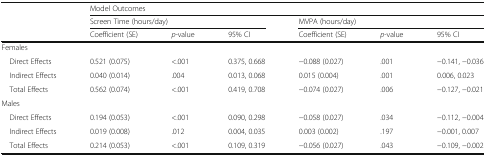
<table><thead><tr><td rowspan="3"></td><td colspan="6"><b>Model Outcomes</b></td></tr><tr><td colspan="3"><b>Screen Time (hours/day)</b></td><td colspan="3"><b>MVPA (hours/day)</b></td></tr><tr><td><b>Coefficient (SE)</b></td><td><b><i>p</i>-value</b></td><td><b>95% CI</b></td><td><b>Coefficient (SE)</b></td><td><b><i>p</i>-value</b></td><td><b>95% CI</b></td></tr></thead><tbody><tr><td colspan="7">Females</td></tr><tr><td> Direct Effects</td><td>0.521 (0.075)</td><td>&lt;.001</td><td>0.375, 0.668</td><td>−0.088 (0.027)</td><td>.001</td><td>−0.141, −0.036</td></tr><tr><td> Indirect Effects</td><td>0.040 (0.014)</td><td>.004</td><td>0.013, 0.068</td><td>0.015 (0.004)</td><td>.001</td><td>0.006, 0.023</td></tr><tr><td> Total Effects</td><td>0.562 (0.074)</td><td>&lt;.001</td><td>0.419, 0.708</td><td>−0.074 (0.027)</td><td>.006</td><td>−0.127, −0.021</td></tr><tr><td colspan="7">Males</td></tr><tr><td> Direct Effects</td><td>0.194 (0.053)</td><td>&lt;.001</td><td>0.090, 0.298</td><td>−0.058 (0.027)</td><td>.034</td><td>−0.112, −0.004</td></tr><tr><td> Indirect Effects</td><td>0.019 (0.008)</td><td>.012</td><td>0.004, 0.035</td><td>0.003 (0.002)</td><td>.197</td><td>−0.001, 0.007</td></tr><tr><td> Total Effects</td><td>0.214 (0.053)</td><td>&lt;.001</td><td>0.109, 0.319</td><td>−0.056 (0.027)</td><td>.043</td><td>−0.109, −0.002</td></tr></tbody></table>